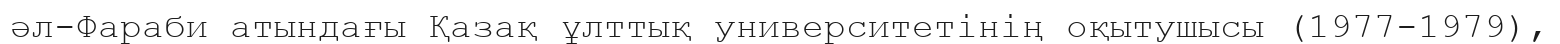
әл-Фараби атындағы Қазақ ұлттық университетінің оқытушысы (1977-1979),